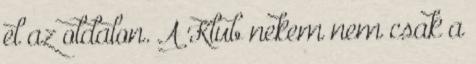
el az oldalon. A Klub nekem nem csak a